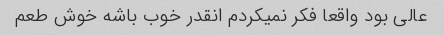
عالی بود واقعا فکر نمیکردم انقدر خوب باشه خوش طعم